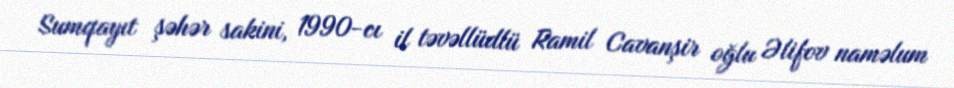
Sumqayıt şəhər sakini, 1990-cı il təvəllüdlü Ramil Cavanşir oğlu Əlifov naməlum